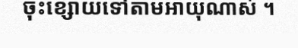
ចុះខ្សោយទៅតាមអាយុណាស់ ។